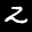
Label: 2